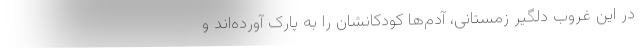
در این غروب دلگیر زمستانی، آدم‌ها کودکانشان را به پارک آورده‌اند و